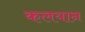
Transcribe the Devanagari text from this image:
कलयान